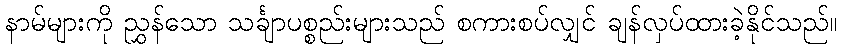
နာမ်များကို ညွှန်သော သင်္ချာပစ္စည်းများသည် စကားစပ်လျှင် ချန်လှပ်ထားခဲ့နိုင်သည်။